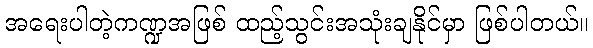
အရေးပါတဲ့ကဏ္ဍအဖြစ် ထည့်သွင်းအသုံးချနိုင်မှာ ဖြစ်ပါတယ်။